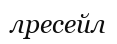
лресейл